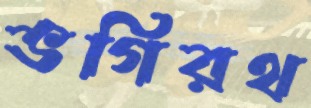
ভগিরথ